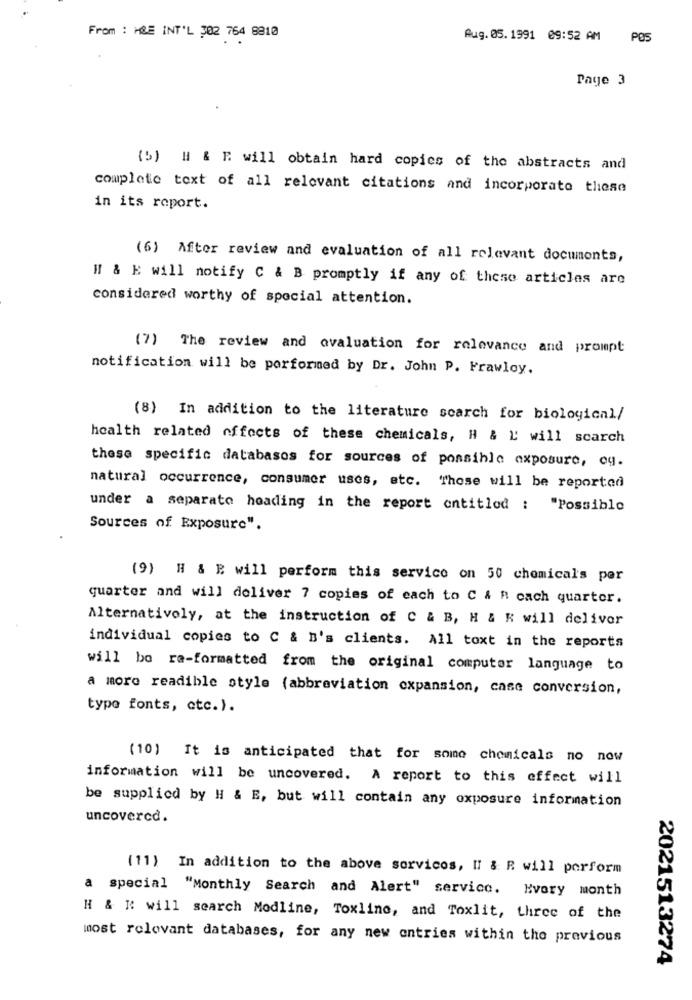
From : H&E INT'L 302 764 8810
Aug. 05. 1991 09:52 AM
POS
Page 3
(5) " & F. will obtain hard copies of the abstracts and
complete text of all relevant citations and incorporato these
in its report.
(6) After review and evaluation of all relevant documents,
H & E will notify C & B promptly if any of these articles are
considered worthy of special attention.
(7) The review and evaluation for relevance and prompt
notification will be performed by Dr. John P. Frawley.
(8) In addition to the literature search for biological/
health related effects of these chemicals, H & M will search
these specific databasos for sources of possible exposure, og.
natural occurrence, consumer uses, etc. Those will be reported
under a separate heading in the report entitled : "Possible
Sources of Exposure".
(9) H & E will perform this service on 50 chemicals per
quarter and will deliver 7 copies of each to C & R cach quarter.
Alternativoly, at the instruction of C & B, H & K will deliver
individual copies to C & B's clients. All toxt in the reports
will bo re-formatted from the original computer language to
a more readible style (abbreviation expansion, case conversion,
type fonts, etc.).
(10) It is anticipated that for some chemicals no now
information will be uncovered. A report to this effect will
be supplied by H & E, but will contain any oxposure information
uncovered.
(11) In addition to the above servicos, If & R will perform
a special "Monthly Search and Alert" service. Every month
H & M: will search Modline, Toxline, and Toxlit, three of the
most relevant databases, for any new entries within the previous
2021513274